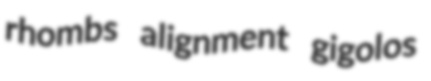
rhombs alignment gigolos